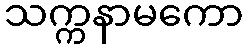
သက္ကနာမကော